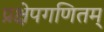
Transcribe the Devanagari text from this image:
प्रक्षेपगणितम्